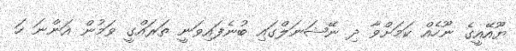
ޔޫއޭއީގެ ނޫހެއް ކަމަށްވާ ދި ނޭޝަނަލްގައި ބުނެފައިވަނީ ތަރައްގީ ވަމުން އަންނަ ހަ